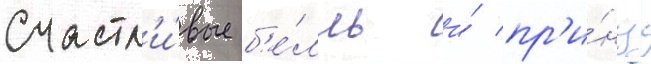
Счастл'и́вые б'е́лль и́ пр'и́нц